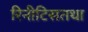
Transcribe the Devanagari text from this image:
रिनीटिसतथा